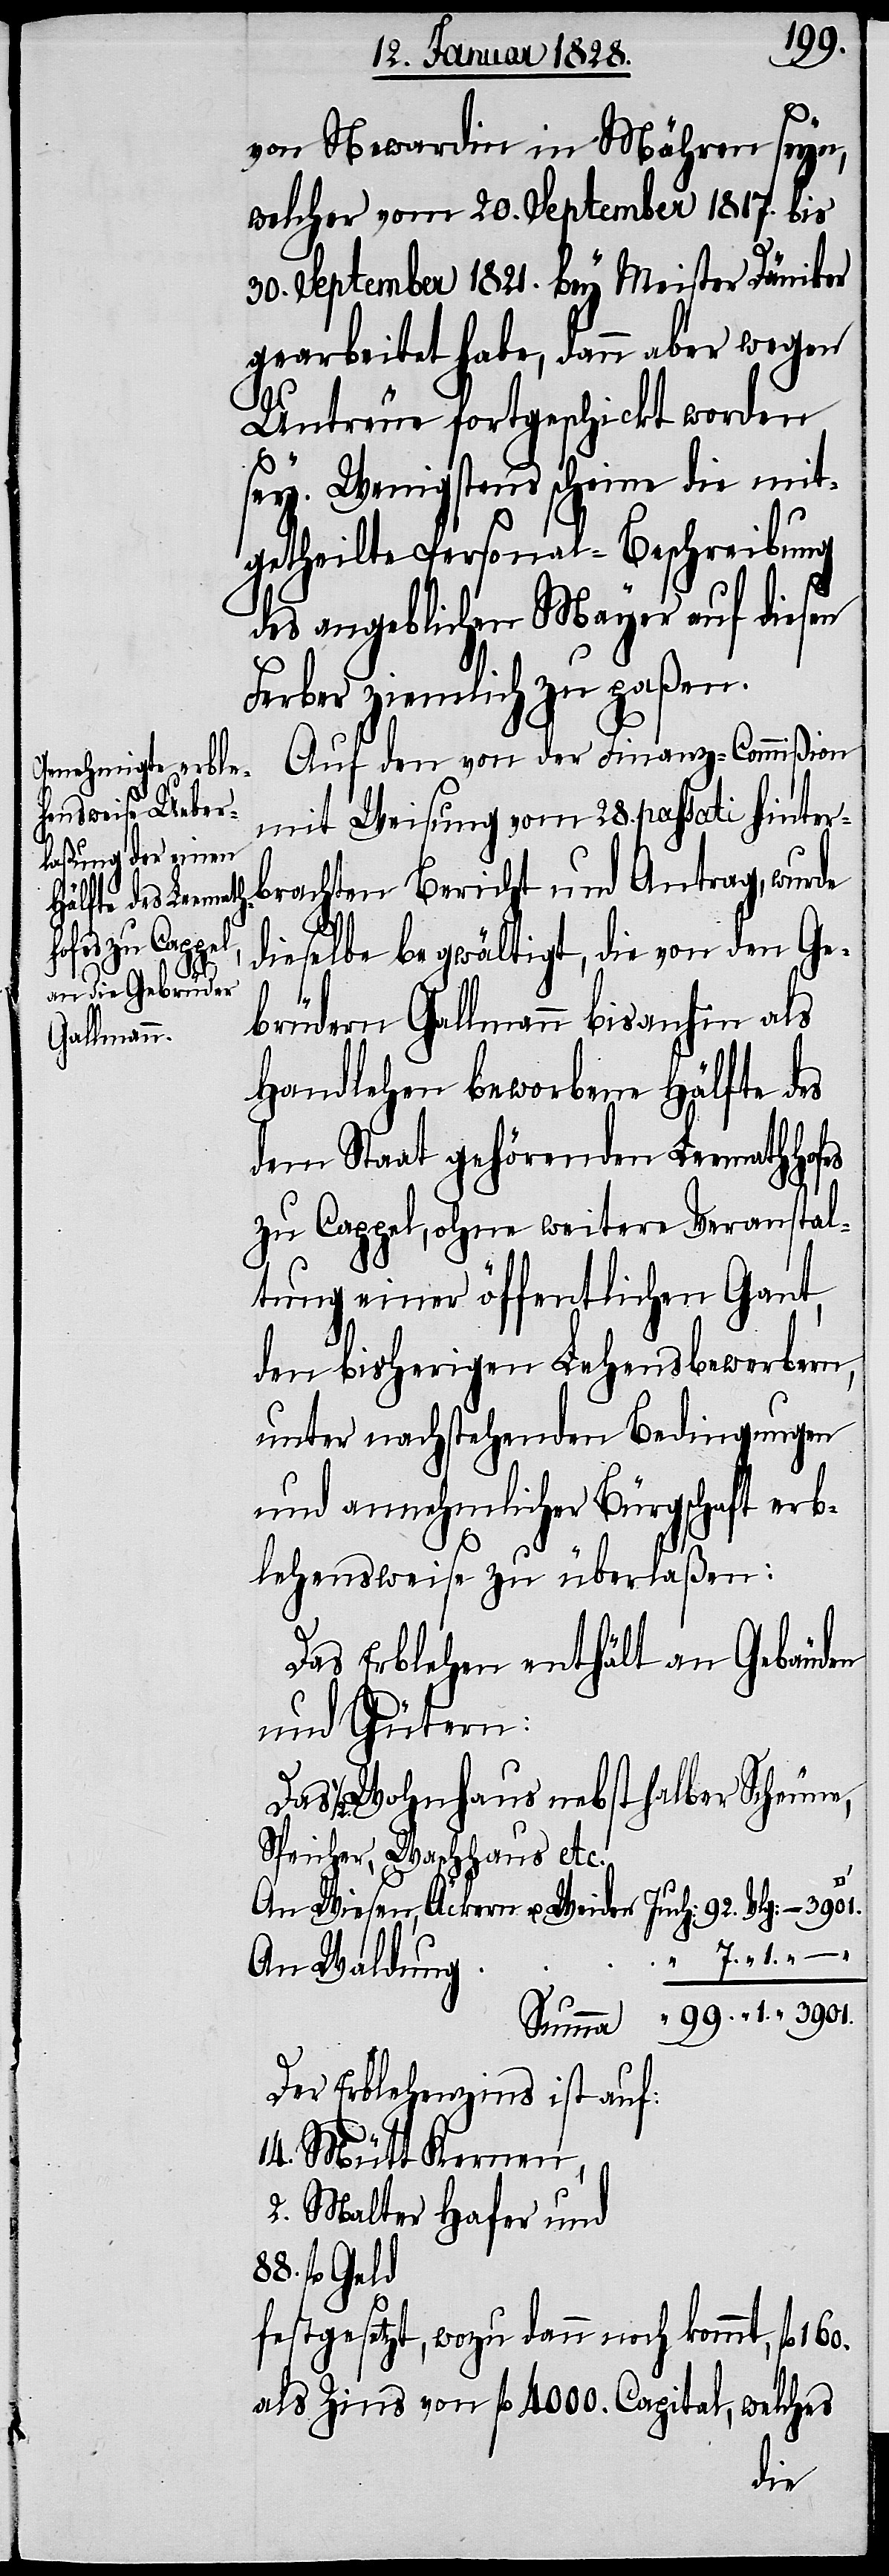
160.

7.
von Mewardin in Mähren seyn,
welcher vom 20. September 1817. bis
30. September 1821. bey Meister Däniker
gearbeitet habe, dann aber wegen
Untreue fortgeschickt worden
sey. Wenigstens scheine die mit¬
getheilte Personal-Beschreibung
des angeblichen Mayer auf diesen
Ferber ziemlich zu paßen.
Auf den von der Finanz-Commißion
mit Weisung vom 28. passati hinter¬
brachten Bericht und Antrag, wurde
dieselbe begwältigt, die von den Ge¬
brüdern Gallmann bis anhin als
Handlehen beworbene Hälfte des
dem Staat gehörenden Leemathhof¬
zu Cappel, ohne weitere Veranstal¬
tung einer öffentlichen Gant,
den bisherigen Lehensbewerbern,
unter nachstehenden Bedingungen
und annehmlicher Bürgschaft erb¬
lehensweise zu überlaßen:
Das Erblehen enthält an Gebäuden
und Gütern:
Das Wohnhaus nebst halber Scheune,
Speicher, Waschhaus etc.
An Wiesen, Äckern u. Weiden Juch: 92. Vlg: – 3901.
An Waldung
99. “ 3901.
Summa
Der Erblehenzins ist auf
14. Mütt Kernen
2. Malter Hafer und
fl. Geld
festgesetzt, wozu dann noch kommt, fl.
als Zins von fl 4000. Capital, welches